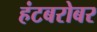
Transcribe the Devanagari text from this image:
हंटबरोबर